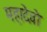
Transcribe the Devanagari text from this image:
महादेवो